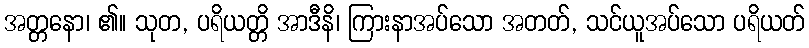
အတ္တနော၊ ၏။ သုတ, ပရိယတ္တိ အာဒီနိ၊ ကြားနာအပ်သော အတတ်, သင်ယူအပ်သော ပရိယတ်